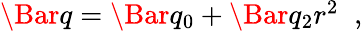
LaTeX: \begin{array}{r}{\Bar{q}=\Bar{q}_{0}+\Bar{q}_{2}r^{2}\; \; ,}\end{array}